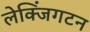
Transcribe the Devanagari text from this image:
लेक्जिंगटन